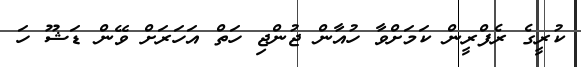
ކުރީގެ ރެފްރީން ކަމަށްވާ ހުއާން ޖުންޖި ހަތް އަހަރަށް ވޭން ޑަޝޫ ހަ